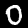
Label: 0